system: You are a helpful assistant.
user:
Analyze the provided spectrum to determine if it is a **"Cataclysmic Variables (CV)"**.

- **Key Indicators for CV (Check for either state):**
    - **State 1: Quiescent / Low-State (Emission-Dominated)**
        - **(Primary):** Strong and *very broad* Hydrogen Balmer emission lines (e.g., $H\alpha$ at 6563 Å, $H\beta$ at 4861 Å). The 'broadness' (high velocity dispersion, often FWHM > 1000 km/s) is the key diagnostic, indicating a high-velocity accretion disk.
        - **(Secondary):** Broad neutral Helium (He I) emission lines (e.g., 5876 Å, 6678 Å).
        - **(Key Confirmation):** Presence of high-excitation *ionized* Helium (He II) emission at 4686 Å. This is a strong indicator of accretion onto a white dwarf.
        - **(Line Profile):** Emission lines may exhibit a 'double-peaked' profile, which is a classic signature of a rotating accretion disk viewed at high inclination.

    - **State 2: Outburst / High-State (Absorption-Dominated)**
        - **(Primary):** Spectrum is dominated by a bright, blue continuum (looks like a hot star).
        - **(Secondary):** The emission lines from State 1 are weak, absent, or 'filled in', and are replaced by broad, shallow *absorption* lines (primarily Balmer and He I).
        - **(Morphology):** The overall spectrum mimics a hot B/A-type star. The crucial difference is that the absorption lines are significantly broader, shallower, and more 'washed-out' (or 'smeared') than the sharp lines of a normal stellar photosphere, due to high rotational speeds and pressure broadening in the disk.

Think first, call **spectral_visualization_tool** if needed to examine features in detail, then provide your final answer. Your response must adhere to the following strict rules:
1.  **Overall Structure:** Your response must follow the format `<think>...</think> <tool_call>...</tool_call> (if a tool is used) <answer>...</answer>`.
2.  **Tool Usage Constraint:** You may only make **one** tool call per turn.
3.  **Final Answer Format:** In the `<answer>` tag, your conclusion must be inside a `\boxed{}` command (e.g., `\boxed{YES}`), followed by your justification.

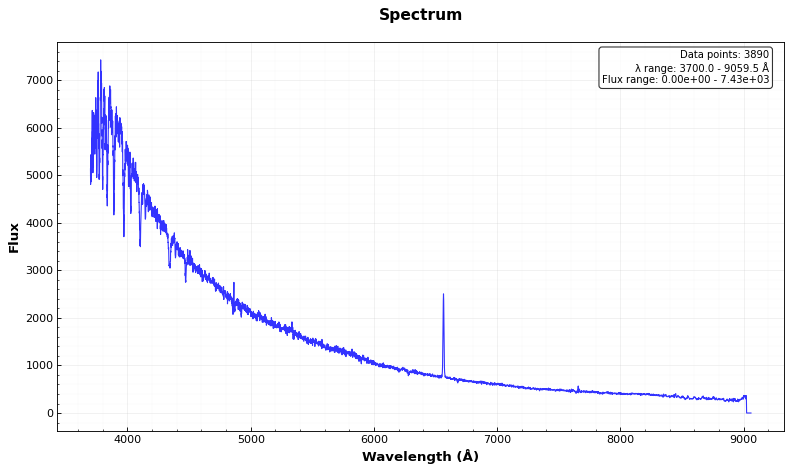
Answer: NO